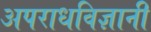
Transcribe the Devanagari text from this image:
अपराधविज्ञानी